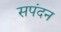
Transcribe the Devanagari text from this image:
सपंदन